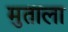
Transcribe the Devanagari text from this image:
मुताला